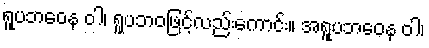
ရူပဘဝေန ဝါ၊ ရူပဘဝဖြင့်လည်းကောင်း။ အရူပဘဝေန ဝါ၊